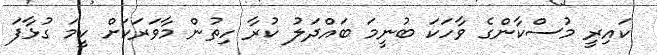
ކައިރީ މުސްކާންގެ ވާހަކަ ބުނީމަ ބައްދަލު ކުރާ ހިތުން މާވަރަކަށް ކީމަ ގުޅާފަ